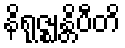
နိရုဇ္ဈန္တိပီတိ